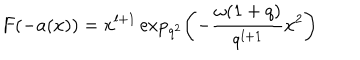
F ( - a ( x ) ) = x ^ { l + 1 } \exp _ { q ^ { 2 } } \left( - \frac { \omega ( 1 + q ) } { q ^ { l + 1 } } x ^ { 2 } \right)